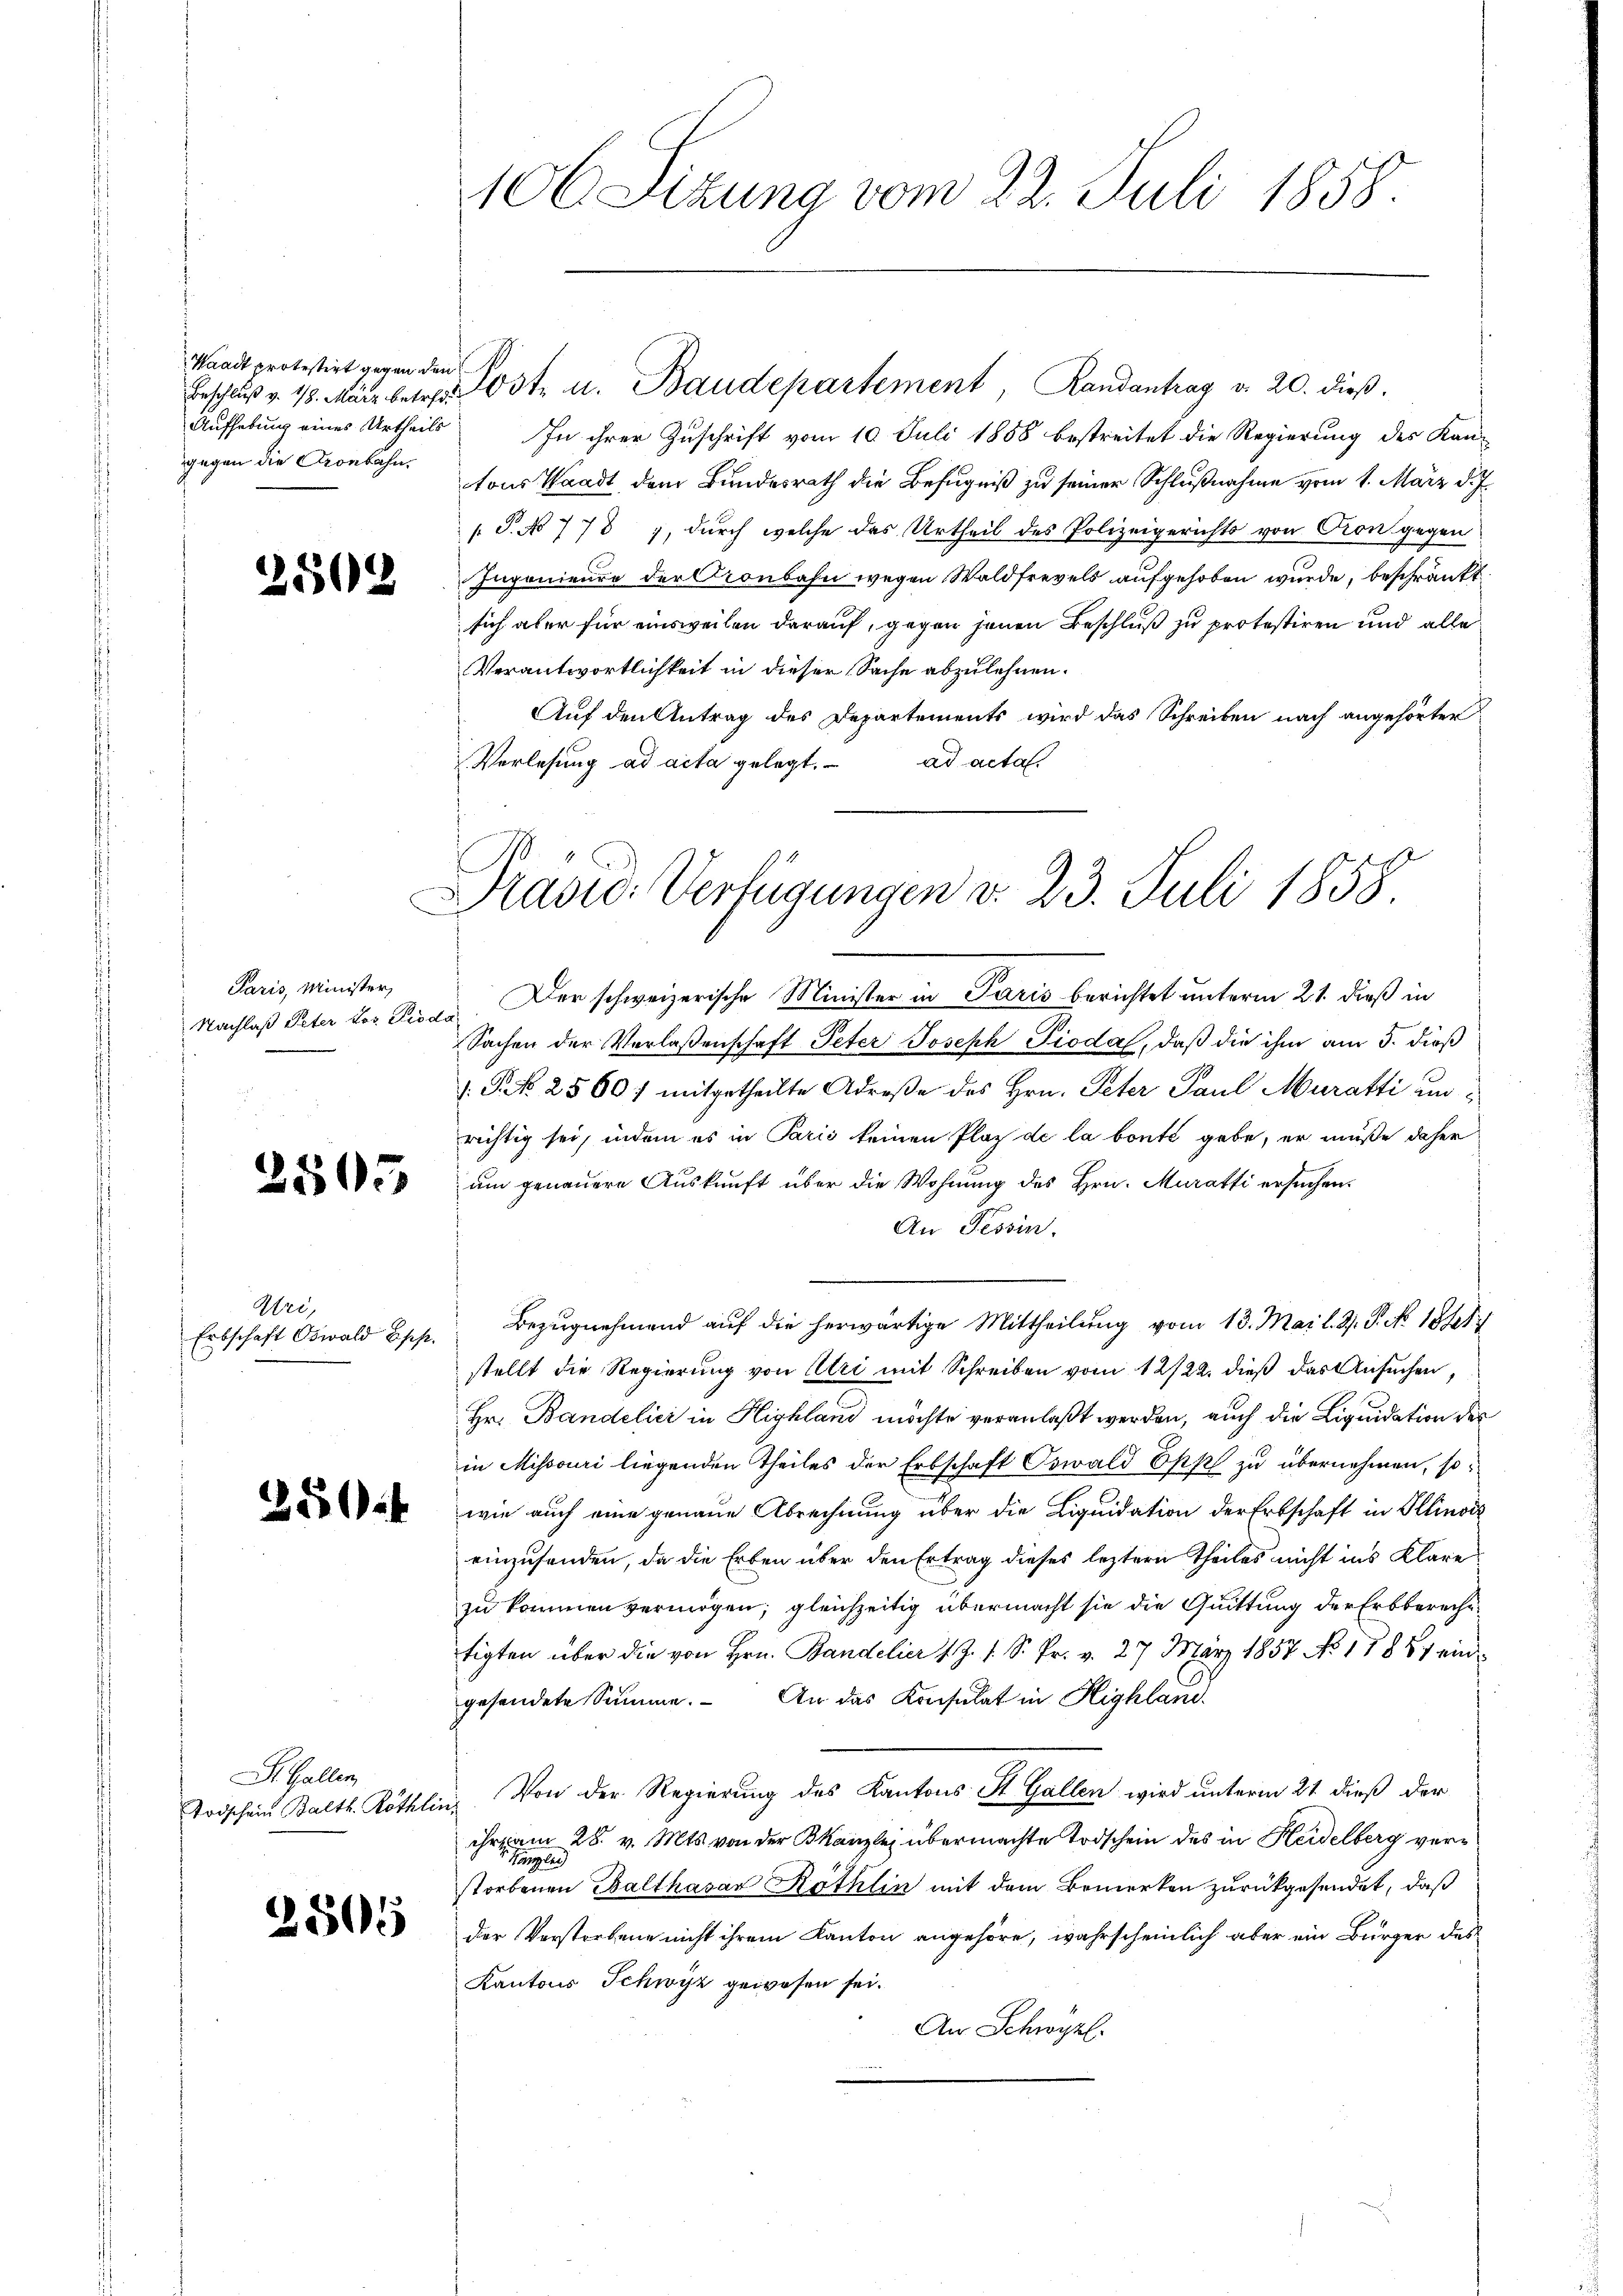
Waadt protestirt gegen den
Aufhebung eines Urtheils
gegen die Gronbahn.

2502

Paris, Minister,
Nachlaß Peter vor Piod

3505

Uri,
Erbschaft Oswald Epp.

35014

St. Gallen,
Todschein Balth. Röthlin

2505

106 Sizung vom 22. Juli 1858.

In ihrer Zuschrift vom 10. Juli 1858 bestreitet die Regierung des Kan-
tons Waadt, dem Bundesrath die Befugniß zu seiner Schlußnahme vom 1. März d. J.
T. No 778, durch welche das Urtheil des Polizeigerichts von Cron gegen
Ingenieure der Kronbahn wegen Waldfrevels aufgehoben wurde, beschränkt
sich aber für einsweilen darauf, gegen jenen Beschluß zu protestiren und alle
Verantwortlichkeit in dieser Sache abzulehnen.
Auf den Antrag des Departements wird das Schreiben nach angehörter
Verlesung ad acta gelegt. ad acta
Der schweizerische Minister in Paris berichtet unterm 21. dieß in
Sachen der Verlaßenschaft Peter Joseph Pioda, daß die ihm am 5. dieß
V. P. N. 25601 mitgetheilte Adrese des Hrn. Peter Paul Muratti unrichtig sei, indem es in Paris keinen Plaz de la bonte gebe, er müße daher
um genauere Auskunft über die Wohnung des Hrn. Muratti ersuchen.
An Tessin.
Bezugnehmend auf die herwärtige Mittheilung vom 13. Mai l. J. P. No. 1841.
stellt die Regierung von Ulri mit Schreiben vom 12/22. dieß das Ansuchen,
Hr. Bandelici in Highland möchte veranlaßt werden, auch die Liquidation des
in Missouri liegenden Theiles der Erbschaft Oswald Epp zu übernehmen, sowie auch eine genaue Abrechnung über die Liquidation der Erbschaft in Illinoir
einzusenden, da die Erben über den Ertrag dieses leztern Theiles nicht ins Klare
zu kommen vermögen; gleichzeitig übermacht sie die Quittung der Erbberechttigten über die von Hrn. Bandelier v. J. s. S. Pr. v. 27. März 1857 No 11881 eingesendete Summe. An das Konsulat in Highland.
Von der Regierung des Kantons St. Gallen wird unterm 21. dieß der
ihre am 28. v. Mts. von der Bkanzlei übermachte Todschein des in Heidelberg ver¬
 Kanzlei
storbenen Balthasar Röthlin mit dem Bemerken zurückgesendet, daß
der Verstorbene nicht ihrem Kanton angehöre, wahrscheinlich aber ein Bürger des
Kantons Schwyz gewesen sei.
An Schwyzl.

Beschluß v. 18. März betres Ost- u. Baudepartement, Randantrag d. 20. dieß.

Präsid. Verfügungen d. 23. Juli 1858